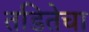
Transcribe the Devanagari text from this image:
तडितेचा